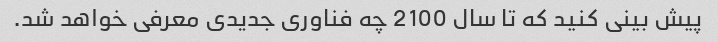
پیش بینی کنید که تا سال 2100 چه فناوری جدیدی معرفی خواهد شد.